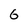
Character: 6